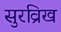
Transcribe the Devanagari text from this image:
सुरव्रिख